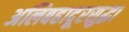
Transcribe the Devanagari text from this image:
अलिबहादूरसुद्धा